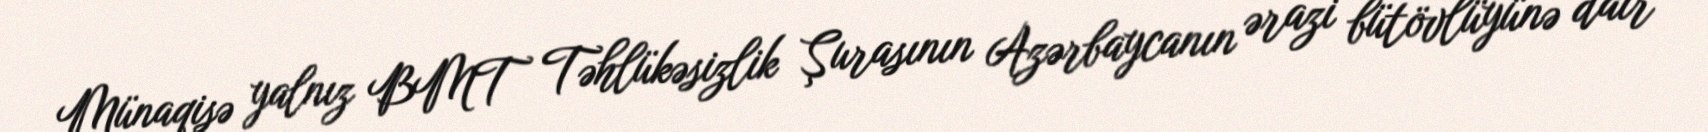
Münaqişə yalnız BMT Təhlükəsizlik Şurasının Azərbaycanın ərazi bütövlüyünə dair